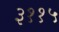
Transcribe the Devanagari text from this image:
३११५